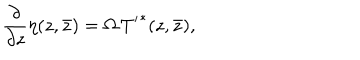
\frac { \partial } { \partial z } \eta ( { z , \bar { z } } ) = \Omega \, { T ^ { \prime } } ^ { * } ( { z , \bar { z } } ) ,